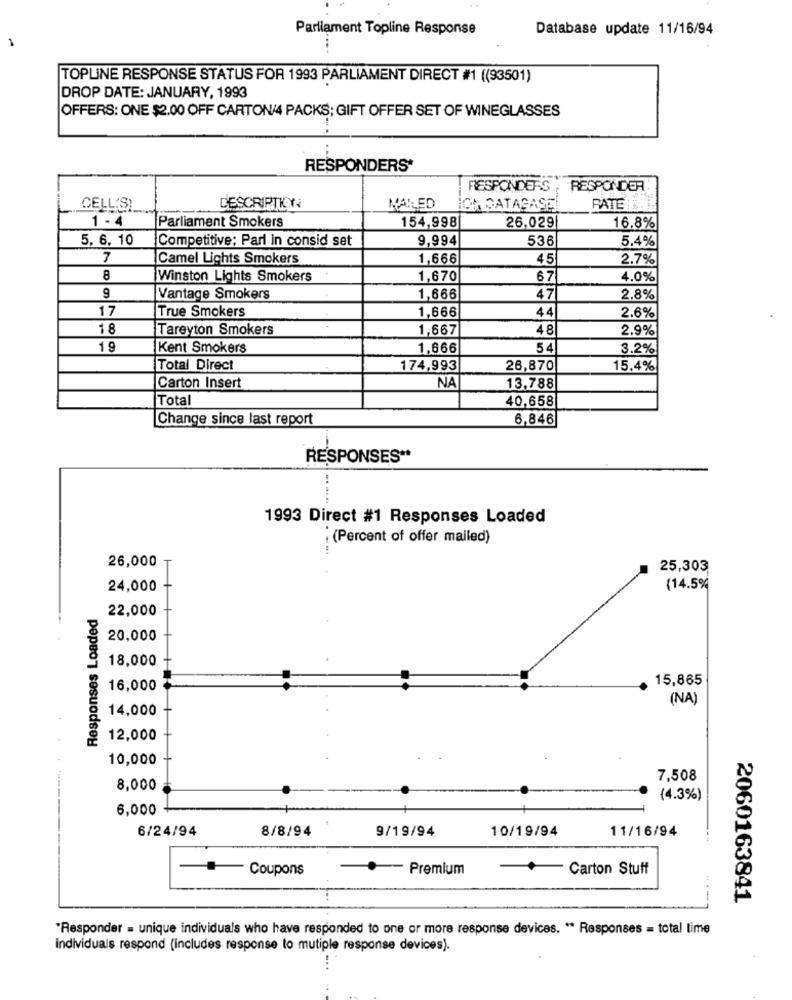
Parliament Topline Response
Database update 11/16/94
:
TOPLINE RESPONSE STATUS FOR 1993 PARLIAMENT DIRECT #1 ((93501)
DROP DATE: JANUARY, 1993
OFFERS: ONE $2.00 OFF CARTON/4 PACKS; GIFT OFFER SET OF WINEGLASSES
RESPONDERS*
RESPONDERS
RESPONDER
CELL'S)
DESCRIPTION
MAILED
ICH DATABASE
1 - 4
Parliament Smokers
154,998
26,029
16.8%
5, 6. 10
Competitive; Parl in consid set
9,994
536
5.4%
7
Camel Lights Smokers
1,666
45
2.7%
8
Winston Lights Smokers
1,670
4.0%
9
Vantage Smokers
1,666
47
2.8%
17
True Smokers
1,666
44
2.6%
18
Tareyton Smokers
1,667
48
2.9%
19
Kent Smokers
1,666
54
3.2%
Total Direct
174,993
26,870
15.4%
NA
Carton Insert
13,788
Total
40,658
Change since last report
6,846
RESPONSES **
.....
1993 Direct #1 Responses Loaded
: (Percent of offer mailed)
--
26,000
25,303
24,000
(14.5%
Responses Loaded
22,000
20,000
18,000 +
15,865
16,000
(NA)
14,000
12,000
10,000
7,508
8,000
(4.3%)
6,000 +
6/24/94
8/8/94
9/19/94
10/19/94
11/16/94
Coupons
.-- Premium
Carton Stuff
2060163841
*Responder = unique individuals who have responded to one or more response devices. " Responses = total time
individuals respond (includes response to mutiple response devices).